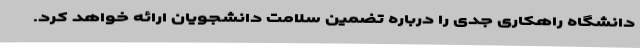
دانشگاه راهکاری جدی را درباره تضمین سلامت دانشجویان ارائه خواهد کرد.